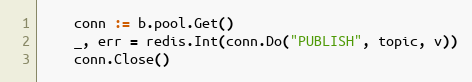
Language: Go
	conn := b.pool.Get()
	_, err = redis.Int(conn.Do("PUBLISH", topic, v))
	conn.Close()